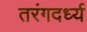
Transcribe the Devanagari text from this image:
तरंगदर्ध्य